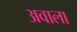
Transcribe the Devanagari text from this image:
अवाला